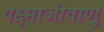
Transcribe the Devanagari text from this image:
यक्ष्माजीवाणु